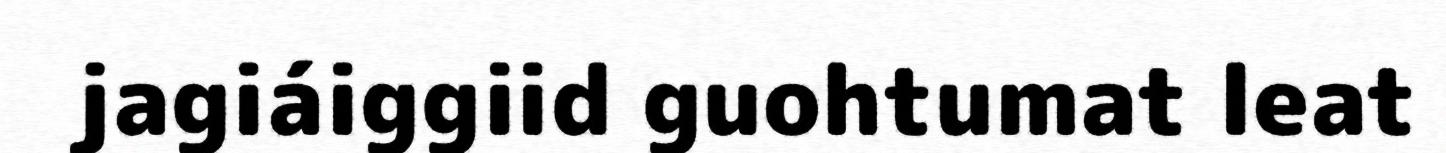
jagiáiggiid guohtumat leat